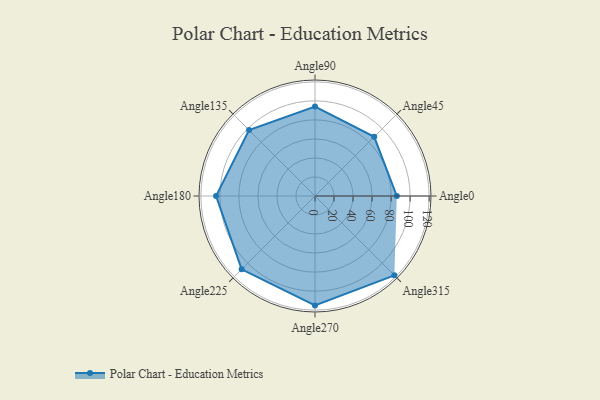
{"axis": {"x": "Angle", "y": "Radius"}, "legend": [""], "data": [{"x": "Angle0", "y": 86.0, "type": ""}, {"x": "Angle45", "y": 88.0, "type": ""}, {"x": "Angle90", "y": 94.0, "type": ""}, {"x": "Angle135", "y": 98.0, "type": ""}, {"x": "Angle180", "y": 104.0, "type": ""}, {"x": "Angle225", "y": 109.0, "type": ""}, {"x": "Angle270", "y": 115.0, "type": ""}, {"x": "Angle315", "y": 118.0, "type": ""}]}